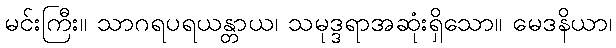
မင်းကြီး။ သာဂရပရယန္တာယ၊ သမုဒ္ဒရာအဆုံးရှိသော။ မေဒနိယာ၊